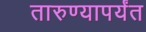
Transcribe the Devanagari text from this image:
तारुण्यापर्यंत